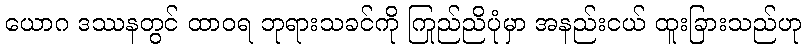
ယောဂ ဒဿနတွင် ထာဝရ ဘုရားသခင်ကို ကြည်ညိုပုံမှာ အနည်းငယ် ထူးခြားသည်ဟု